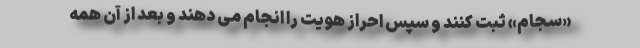
«سجام» ثبت کنند و سپس احراز هویت را انجام می دهند و بعد از آن همه